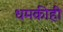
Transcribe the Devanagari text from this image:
धमकीही